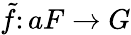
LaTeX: {\tilde{f}}\colon aF\rightarrow G